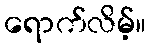
ရောက်လိမ့်။